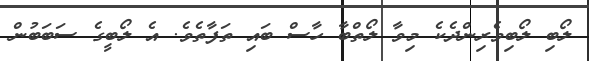
ލޯބި ލޯބިވެރިންދެކެ މިވާ ލޯތްބާ ހާސް ބައި ތަފާތެވެ. އެ ލޯބީގެ ސަބަބުން